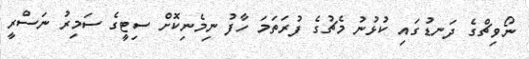
ނޯވިޗްގެ ދަނޑުގައި ކުޅުނު މެޗުގެ ފުރަތަމަ ހާފު ނިމެނިކޮށް ސިޓީގެ ސަމިރު ނަސްރީ